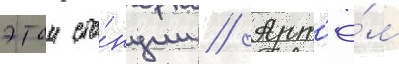
этои ста́нции // Арт'ё́м